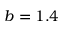
b = 1 . 4